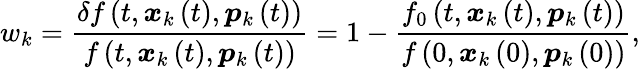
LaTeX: w_{k}=\frac{\delta f\left(t,\boldsymbol{x}_{k}\left(t\right),\boldsymbol{p}_{k}\left(t\right)\right)}{f\left(t,\boldsymbol{x}_{k}\left(t\right),\boldsymbol{p}_{k}\left(t\right)\right)}=1-\frac{f_{0}\left(t,\boldsymbol{x}_{k}\left(t\right),\boldsymbol{p}_{k}\left(t\right)\right)}{f\left(0,\boldsymbol{x}_{k}\left(0\right),\boldsymbol{p}_{k}\left(0\right)\right)},